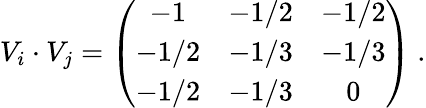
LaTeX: V_{i}\cdot V_{j}=\left(\begin{array}{ccc}{{-1}}&{{-1/2}}&{{-1/2}}\\ {{-1/2}}&{{-1/3}}&{{-1/3}}\\ {{-1/2}}&{{-1/3}}&{{0}}\end{array}\right)~.